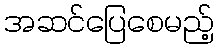
အဆင်ပြေစေမည့်